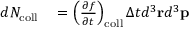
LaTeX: \begin{array} { r l } { d N _ { \mathrm { c o l l } } } & { { } = \left( { \frac { \partial f } { \partial t } } \right) _ { \mathrm { c o l l } } \Delta t d ^ { 3 } \mathbf { r } d ^ { 3 } \mathbf { p } } \end{array}